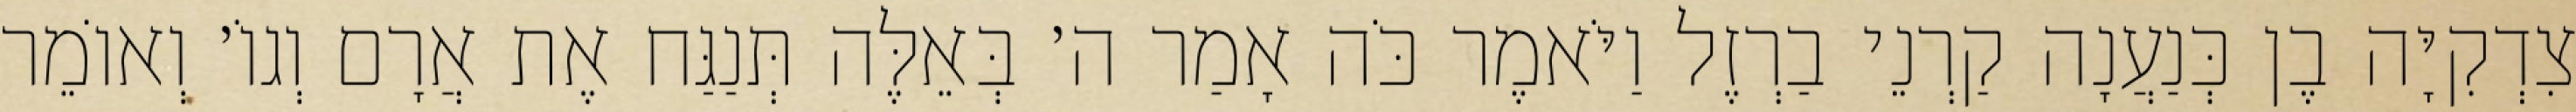
צִדְקִיָּה בֶן כְּנַעֲנָה קַרְנֵי בַרְזֶל וַיֹּאמֶר כֹּה אָמַר ה׳ בְּאֵלֶּה תְּנַגַּח אֶת אֲרָם וְגוֹ׳ וְאוֹמֵר